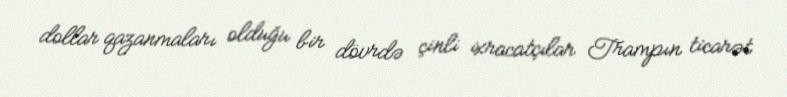
dollar qazanmaları olduğu bir dövrdə çinli ixracatçılar Trampın ticarət